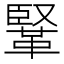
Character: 𩋆